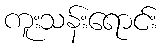
ကူးသန်းရောင်း